NAE_kihelkonnakohtute_kirjad_ja_protokollid_1869-1889, lk 7
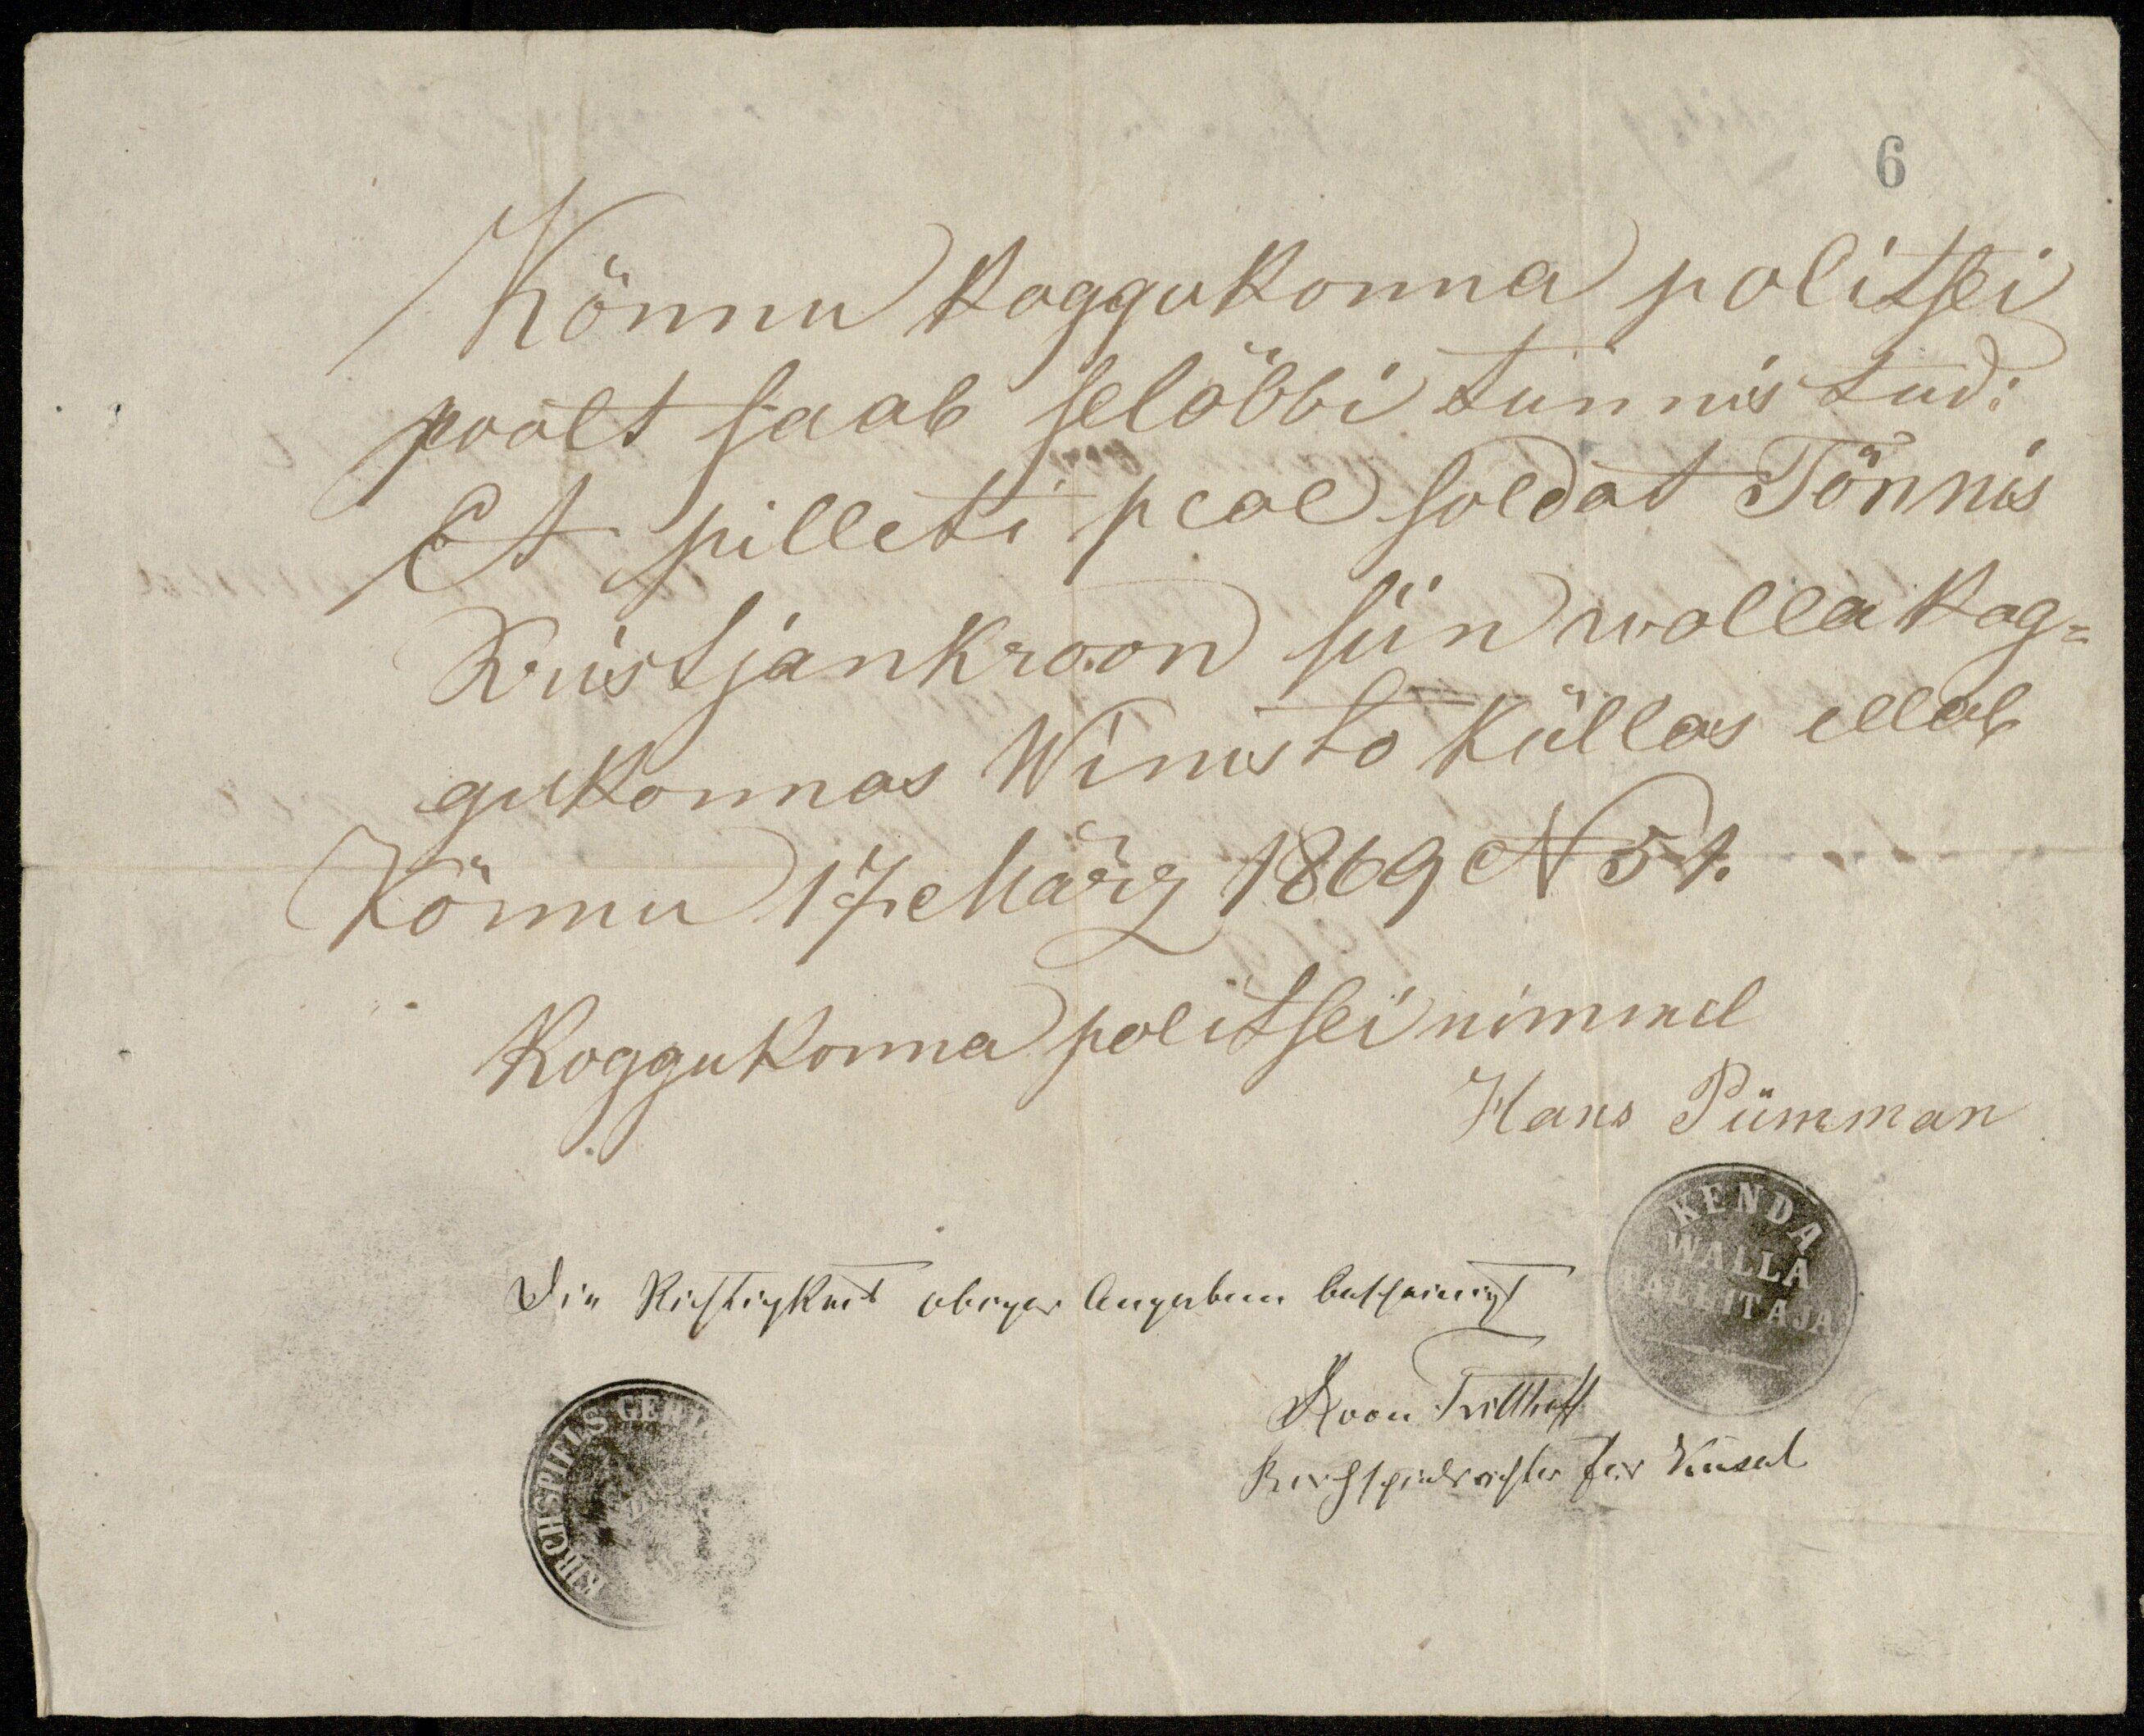
Kõnnu koggokonna politsei
poolt saab seläbbi tunnistud:
Et pilleti peal soldat Tõnnis
Kristjan Kroon siin walla kog-
gukonnas Wimisto küllas ellab
Kõnnu 17. März 1869 N 57.
Koggukonna politsei nimmel
Hans Pümman